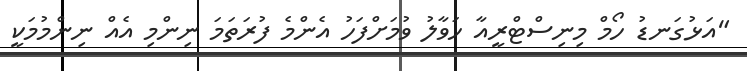
"އަޅުގަނޑު ހޯމް މިނިސްޓްރީއާ ހަވާލު ވުމަށްފަހު އެންމެ ފުރަތަމަ ނިންމި އެއް ނިންމުމަކީ